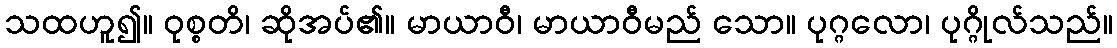
သထဟူ၍။ ဝုစ္စတိ၊ ဆိုအပ်၏။ မာယာဝီ၊ မာယာဝီမည် သော။ ပုဂ္ဂလော၊ ပုဂ္ဂိုလ်သည်။